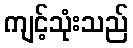
ကျင့်သုံးသည်